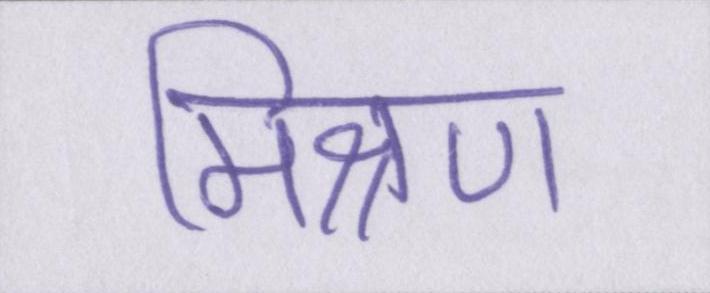
मिश्रण